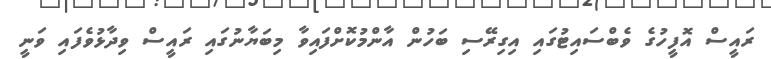
ރައީސް އޮފީހުގެ ވެބްސައިޓުގައި އިގިރޭސި ބަހުން އާންމުކޮށްފައިވާ މިބަޔާނުގައި ރައީސް ވިދާޅުވެފައި ވަނީ